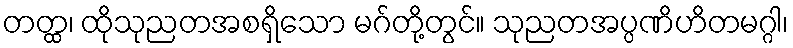
တတ္ထ၊ ထိုသုညတအစရှိသော မဂ်တို့တွင်။ သုညတအပ္ပဏိဟိတမဂ္ဂါ၊